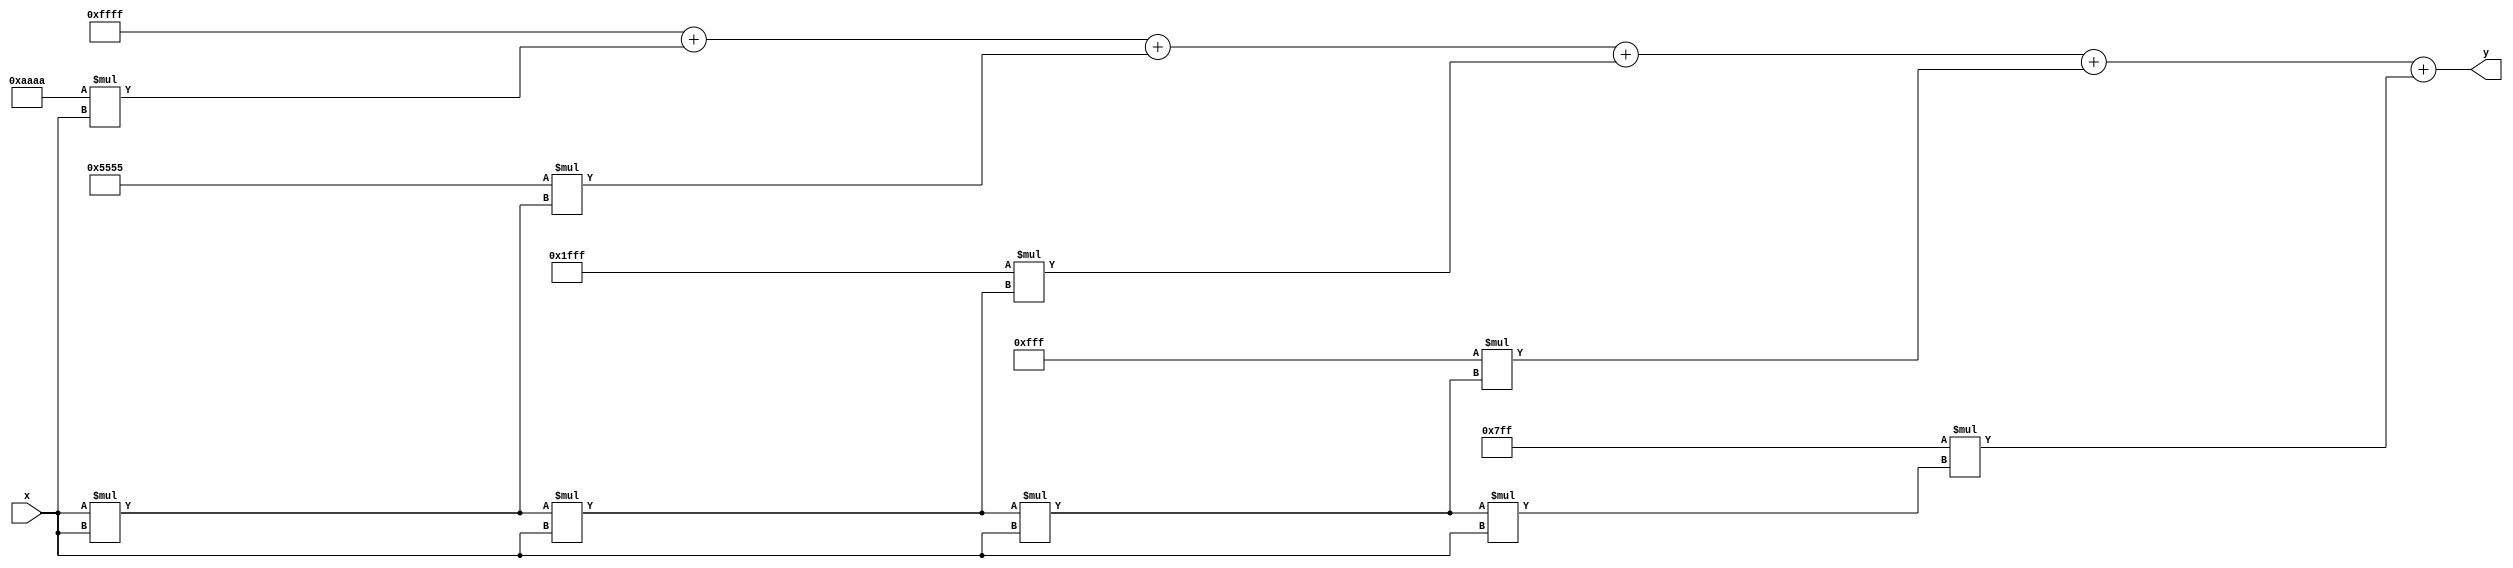
module PolynomialApproximationReciprocal (
    input wire [15:0] x,      // Input normalized value (0 < x < 1)
    output reg [15:0] y       // Output approximation of 1/x
);

    // Coefficients for a 5th degree polynomial approximation for 1/(1+x)
    parameter [15:0] coeff0 = 16'hFFFF;  // Example coefficient for constant term
    parameter [15:0] coeff1 = 16'hAAAA;  // Example coefficient for x term
    parameter [15:0] coeff2 = 16'h5555;  // Example coefficient for x^2 term
    parameter [15:0] coeff3 = 16'h1FFF;  // Example coefficient for x^3 term
    parameter [15:0] coeff4 = 16'h0FFF;  // Example coefficient for x^4 term
    parameter [15:0] coeff5 = 16'h07FF;  // Example coefficient for x^5 term

    // Internal signals for polynomial evaluation
    reg [31:0] x_squared;
    reg [31:0] x_cubed;
    reg [31:0] x_quartic;
    reg [31:0] x_quintic;
    reg [31:0] poly_value;

    always @(*) begin
        // Normalize input if needed (assumed to be already normalized for this case)
        
        // Polynomial evaluation using Horner's method
        x_squared = x * x; // x^2
        x_cubed = x_squared * x; // x^3
        x_quartic = x_cubed * x; // x^4
        x_quintic = x_quartic * x; // x^5

        // Calculate polynomial value 1/(1+x) approximation
        poly_value = coeff0 + (coeff1 * x) + (coeff2 * x_squared) +
                     (coeff3 * x_cubed) + (coeff4 * x_quartic) + 
                     (coeff5 * x_quintic);

        // Scale the output appropriately (if necessary)
        // Here, we directly assign it to the output as we assume coefficients are
        // scaled appropriately. Adjust as needed based on input range.
        y = poly_value[15:0]; // Truncate to 16 bits if necessary
    end
endmodule